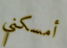
أمسكني